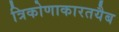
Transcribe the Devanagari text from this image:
त्रिकोणाकारतयैब